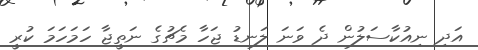
އަދި ނިއުކާސަލުން ދެ ވަނަ ލަނޑު ޖަހާ މެޗުގެ ނަތީޖާ ހަމަހަމަ ކުރީ